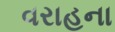
વરાહના